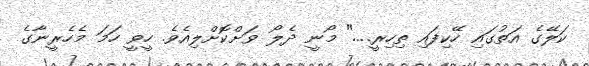
ކަލޭގެ އަތުގައި ހޭކިފައި ތިހިރީ...." މޯނީ ދެލޯ ވަށްކޮށްލިއެވެ. ހީވީ ހަމަ މެހެރީނާގެ